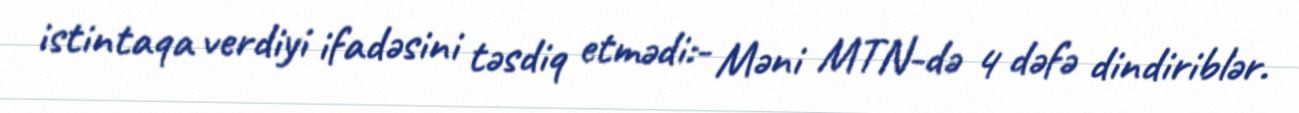
istintaqa verdiyi ifadəsini təsdiq etmədi:- Məni MTN-də 4 dəfə dindiriblər.